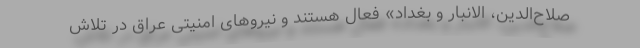
صلاح‌الدین، الانبار و بغداد» فعال هستند و نیروهای امنیتی عراق در تلاش